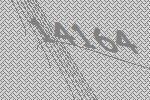
14164